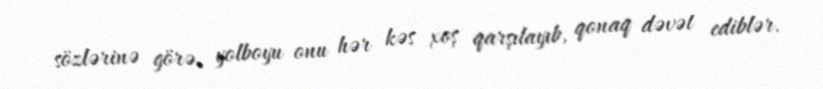
sözlərinə görə, yolboyu onu hər kəs xoş qarşılayıb, qonaq dəvət ediblər.